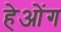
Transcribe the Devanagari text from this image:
हेओंग